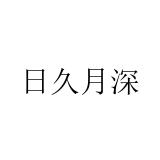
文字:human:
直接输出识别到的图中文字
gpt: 日久月深